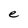
Character: e